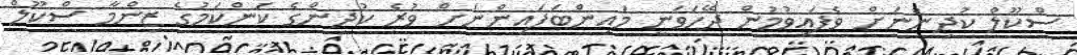
ސްކޫލް ކުދިންނަށް ވެފައިވުމުން ދޭހަވަނީ މައިންބަފައިންނަށް ވުރެ ކުދިންގެ ކަންކަމުގެ ޒިންމާ ސްކޫލް